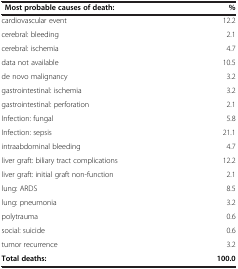
| Most probable causes of death: | % |
 | --- | --- |
 | cardiovascular event | 12.2 |
 | cerebral: bleeding | 2.1 |
 | cerebral: ischemia | 4.7 |
 | data not available | 10.5 |
 | de novo malignancy | 3.2 |
 | gastrointestinal: ischemia | 3.2 |
 | gastrointestinal: perforation | 2.1 |
 | Infection: fungal | 5.8 |
 | Infection: sepsis | 21.1 |
 | intraabdominal bleeding | 4.7 |
 | liver graft: biliary tract complications | 12.2 |
 | liver graft: initial graft non-function | 2.1 |
 | lung: ARDS | 8.5 |
 | lung: pneumonia | 3.2 |
 | polytrauma | 0.6 |
 | social: suicide | 0.6 |
 | tumor recurrence | 3.2 |
 | Total deaths: | 100.0 |